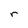
Character: r